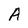
Character: A